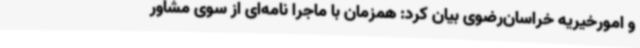
و امورخیریه خراسان‌رضوی بیان کرد: همزمان با ماجرا نامه‌ای از سوی مشاور